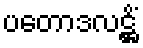
ပတောဒလဋ္ဌိံ